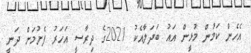
އެހެން ކަމުން މުޅީން އައު ބަދަލާއެކު 2021ގެ ދިރާސީ އަހަރު ފެށުމަށް ދަނީ